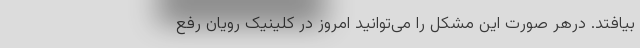
بیافتد. درهر صورت این مشکل را می‌توانید امروز در کلینیک رویان رفع